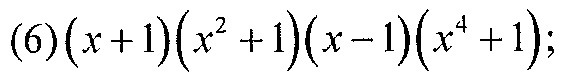
\((6)(x + 1)(x^{2}+1)(x - 1)(x^{4}+1);\)